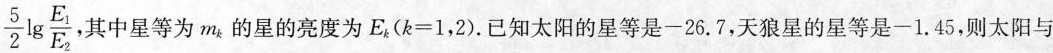
\frac{5}{2}\lg \frac{E_{1}}{E_{2}} ，其中星等为m_{k}的星的亮度为$$E_{k}(k=1，2)$$.已知太阳的星等是-26.7，天狼星的星等是一1.45，则太阳与